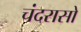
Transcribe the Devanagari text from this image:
चंदरासो